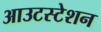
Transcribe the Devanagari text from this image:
आउटस्टेशन